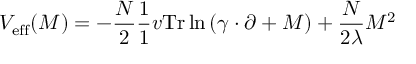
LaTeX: V _ { \mathrm { e f f } } ( M ) = - \frac { N } { 2 } \frac { 1 } { 1 } { v } \mathrm { T r } \ln \left( \gamma \cdot \partial + M \right) + \frac { N } { 2 \lambda } M ^ { 2 }